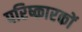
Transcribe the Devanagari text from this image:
परिष्कारकों